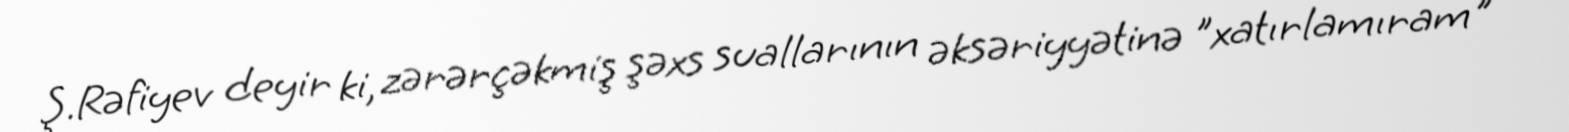
Ş.Rəfiyev deyir ki, zərərçəkmiş şəxs suallarının əksəriyyətinə "xatırlamıram"